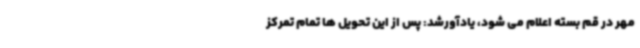
مهر در قم بسته اعلام می شود، یادآورشد: پس از این تحویل ها تمام تمرکز